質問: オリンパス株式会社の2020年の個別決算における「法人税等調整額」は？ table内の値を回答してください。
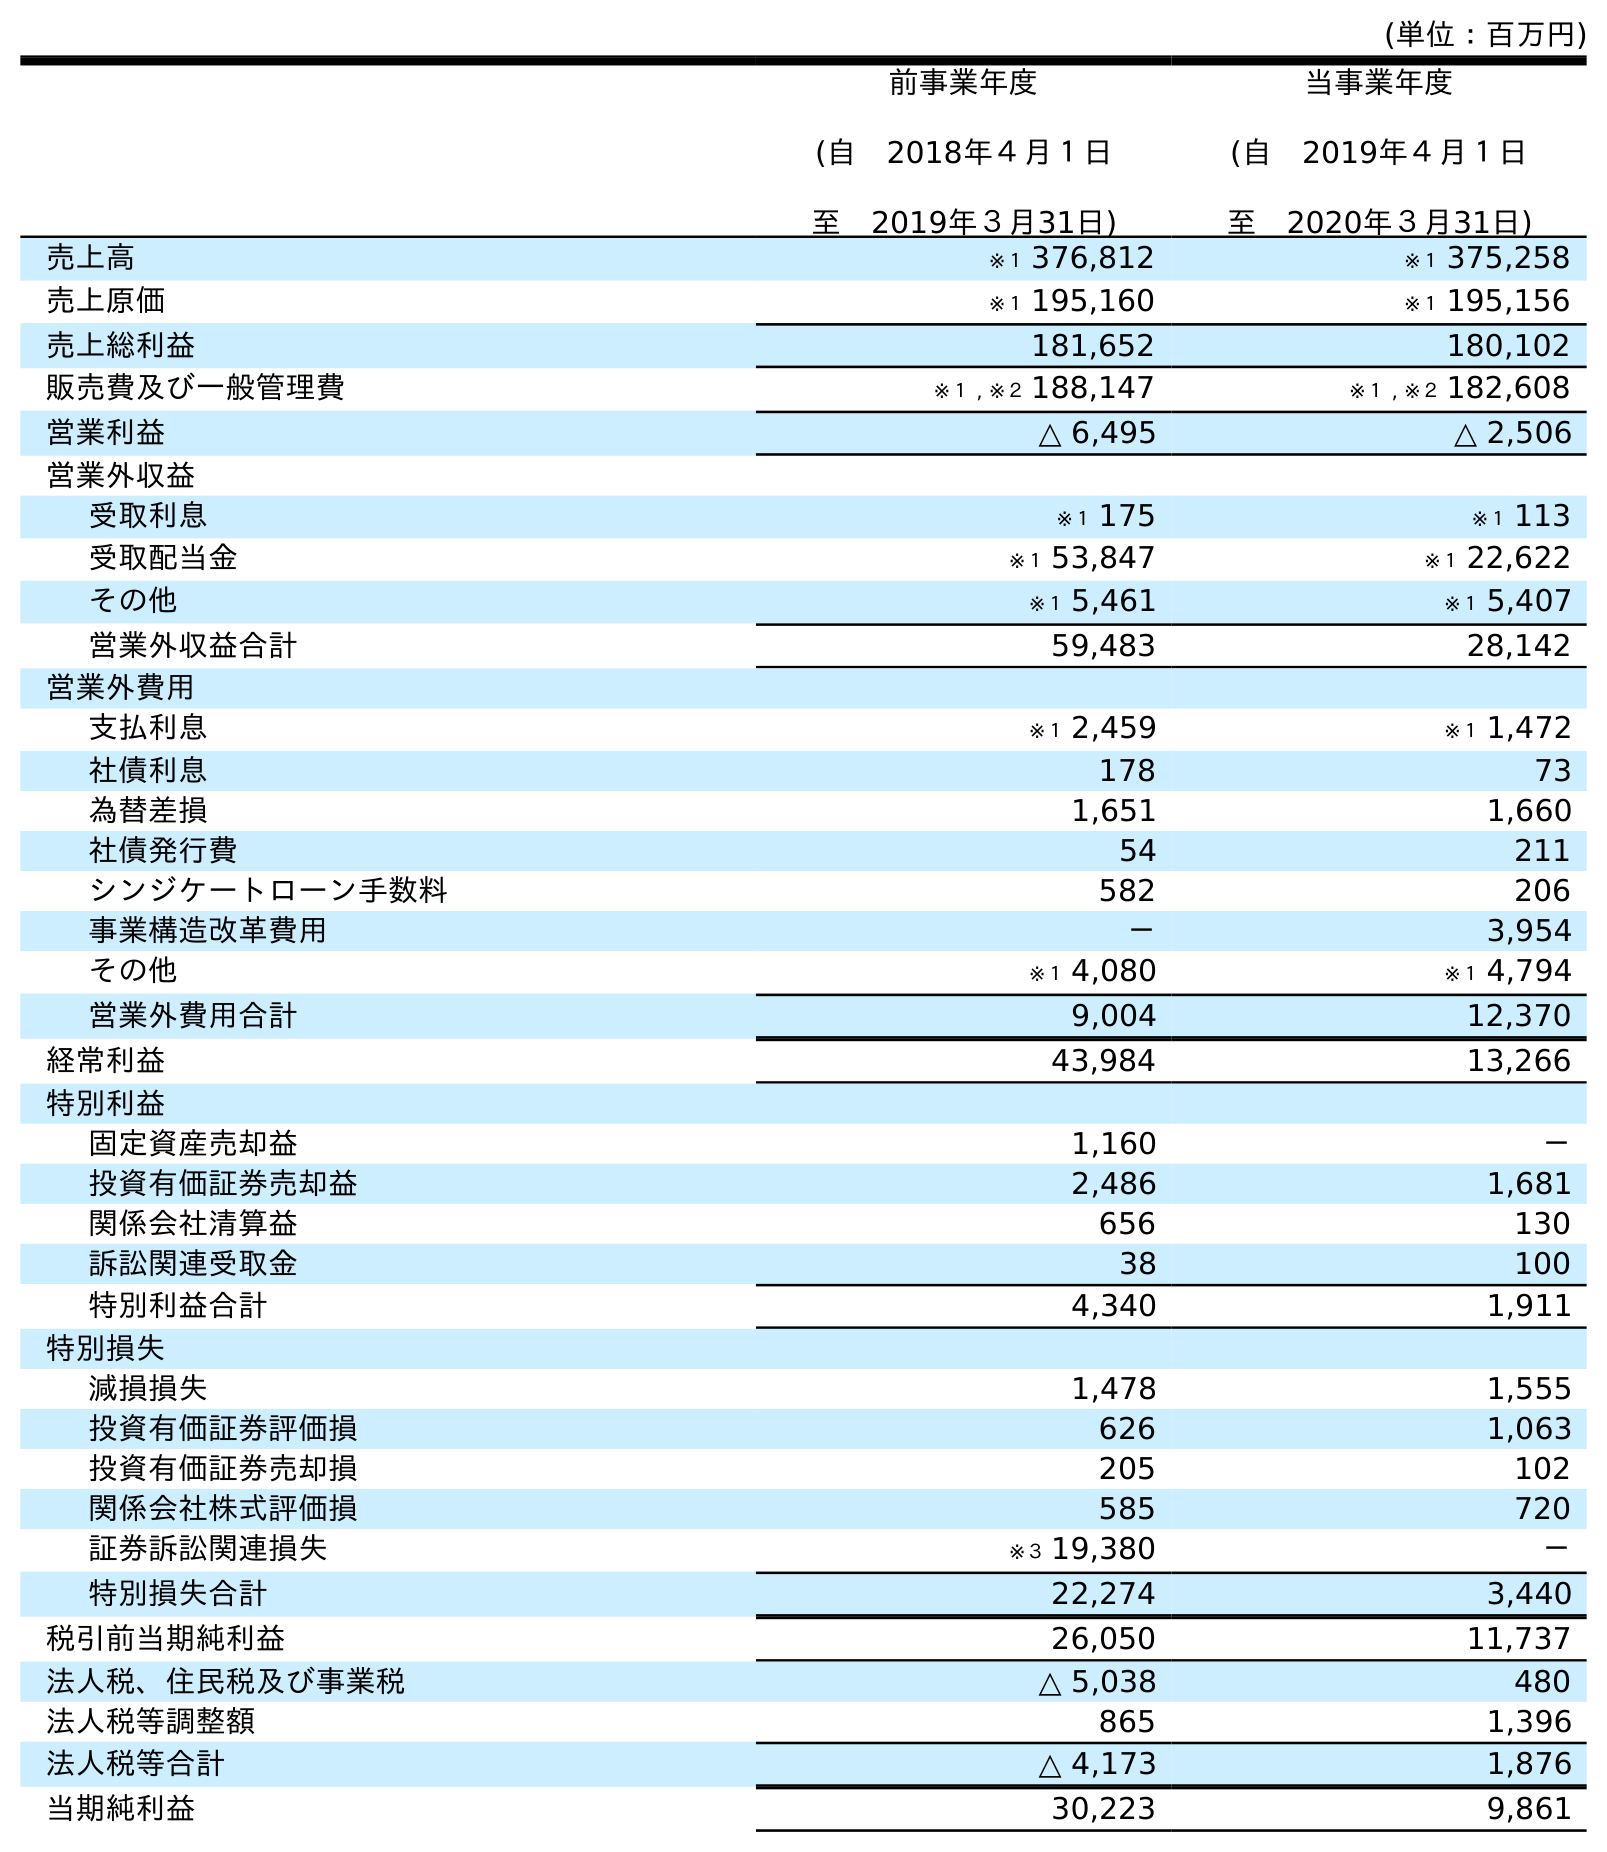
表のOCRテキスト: (単位：百万円) 前事業年度 (自 2018年４月１日 至 2019年３月31日) 当事業年度 (自 2019年４月１日 至 2020年３月31日) 売上高 ※１ 376,812 ※１ 375,258 売上原価 ※１ 195,160 ※１ 195,156 売上総利益 181,652 180,102 販売費及び一般管理費 ※１ , ※２ 188,147 ※１ , ※２ 182,608 営業利益 △ 6,495 △ 2,506 営業外収益 受取利息 ※１ 175 ※１ 113 受取配当金 ※１ 53,847 ※１ 22,622 その他 ※１ 5,461 ※１ 5,407 営業外収益合計 59,483 28,142 営業外費用 支払利息 ※１ 2,459 ※１ 1,472 社債利息 178 73 為替差損 1,651 1,660 社債発行費 54 211 シンジケートローン手数料 582 206 事業構造改革費用 － 3,954 その他 ※１ 4,080 ※１ 4,794 営業外費用合計 9,004 12,370 経常利益 43,984 13,266 特別利益 固定資産売却益 1,160 － 投資有価証券売却益 2,486 1,681 関係会社清算益 656 130 訴訟関連受取金 38 100 特別利益合計 4,340 1,911 特別損失 減損損失 1,478 1,555 投資有価証券評価損 626 1,063 投資有価証券売却損 205 102 関係会社株式評価損 585 720 証券訴訟関連損失 ※３ 19,380 － 特別損失合計 22,274 3,440 税引前当期純利益 26,050 11,737 法人税、住民税及び事業税 △ 5,038 480 法人税等調整額 865 1,396 法人税等合計 △ 4,173 1,876 当期純利益 30,223 9,861
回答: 1,396